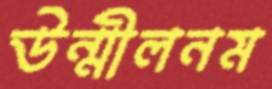
উন্মীলনম